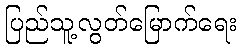
ပြည်သူ့လွတ်မြောက်ရေး